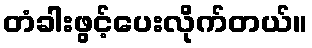
တံခါးဖွင့်ပေးလိုက်တယ်။